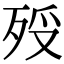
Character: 𣧶